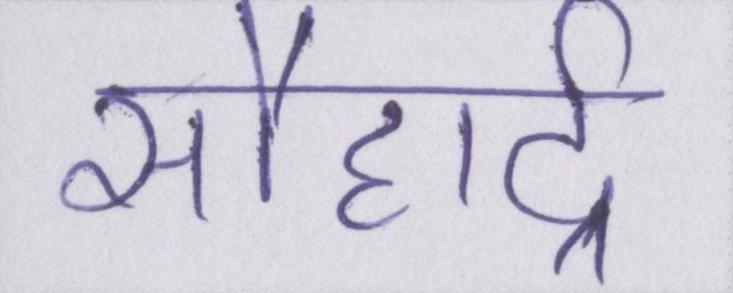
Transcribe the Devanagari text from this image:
सौहार्द्र